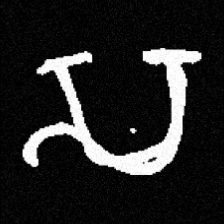
Pyu character \u2014 Myanmar letter: သ (romanized: sa)